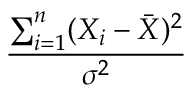
\frac { \sum _ { i = 1 } ^ { n } ( X _ { i } - { \bar { X } } ) ^ { 2 } } { \sigma ^ { 2 } }